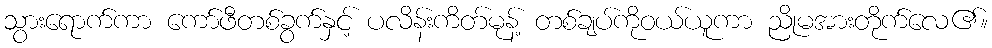
သွားရောက်ကာ ကော်ဖီတစ်ခွက်နှင့် ပလိန်းကိတ်မုန့် တစ်ချပ်ကိုဝယ်ယူကာ ညိုမအားတိုက်လေ၏။